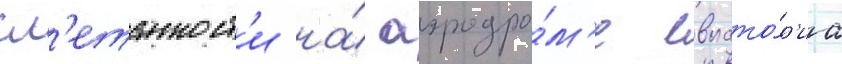
сл'етанност'и на́ аэродро́м'е евпато́р'иа